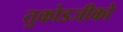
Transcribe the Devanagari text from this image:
तुकोडजीको